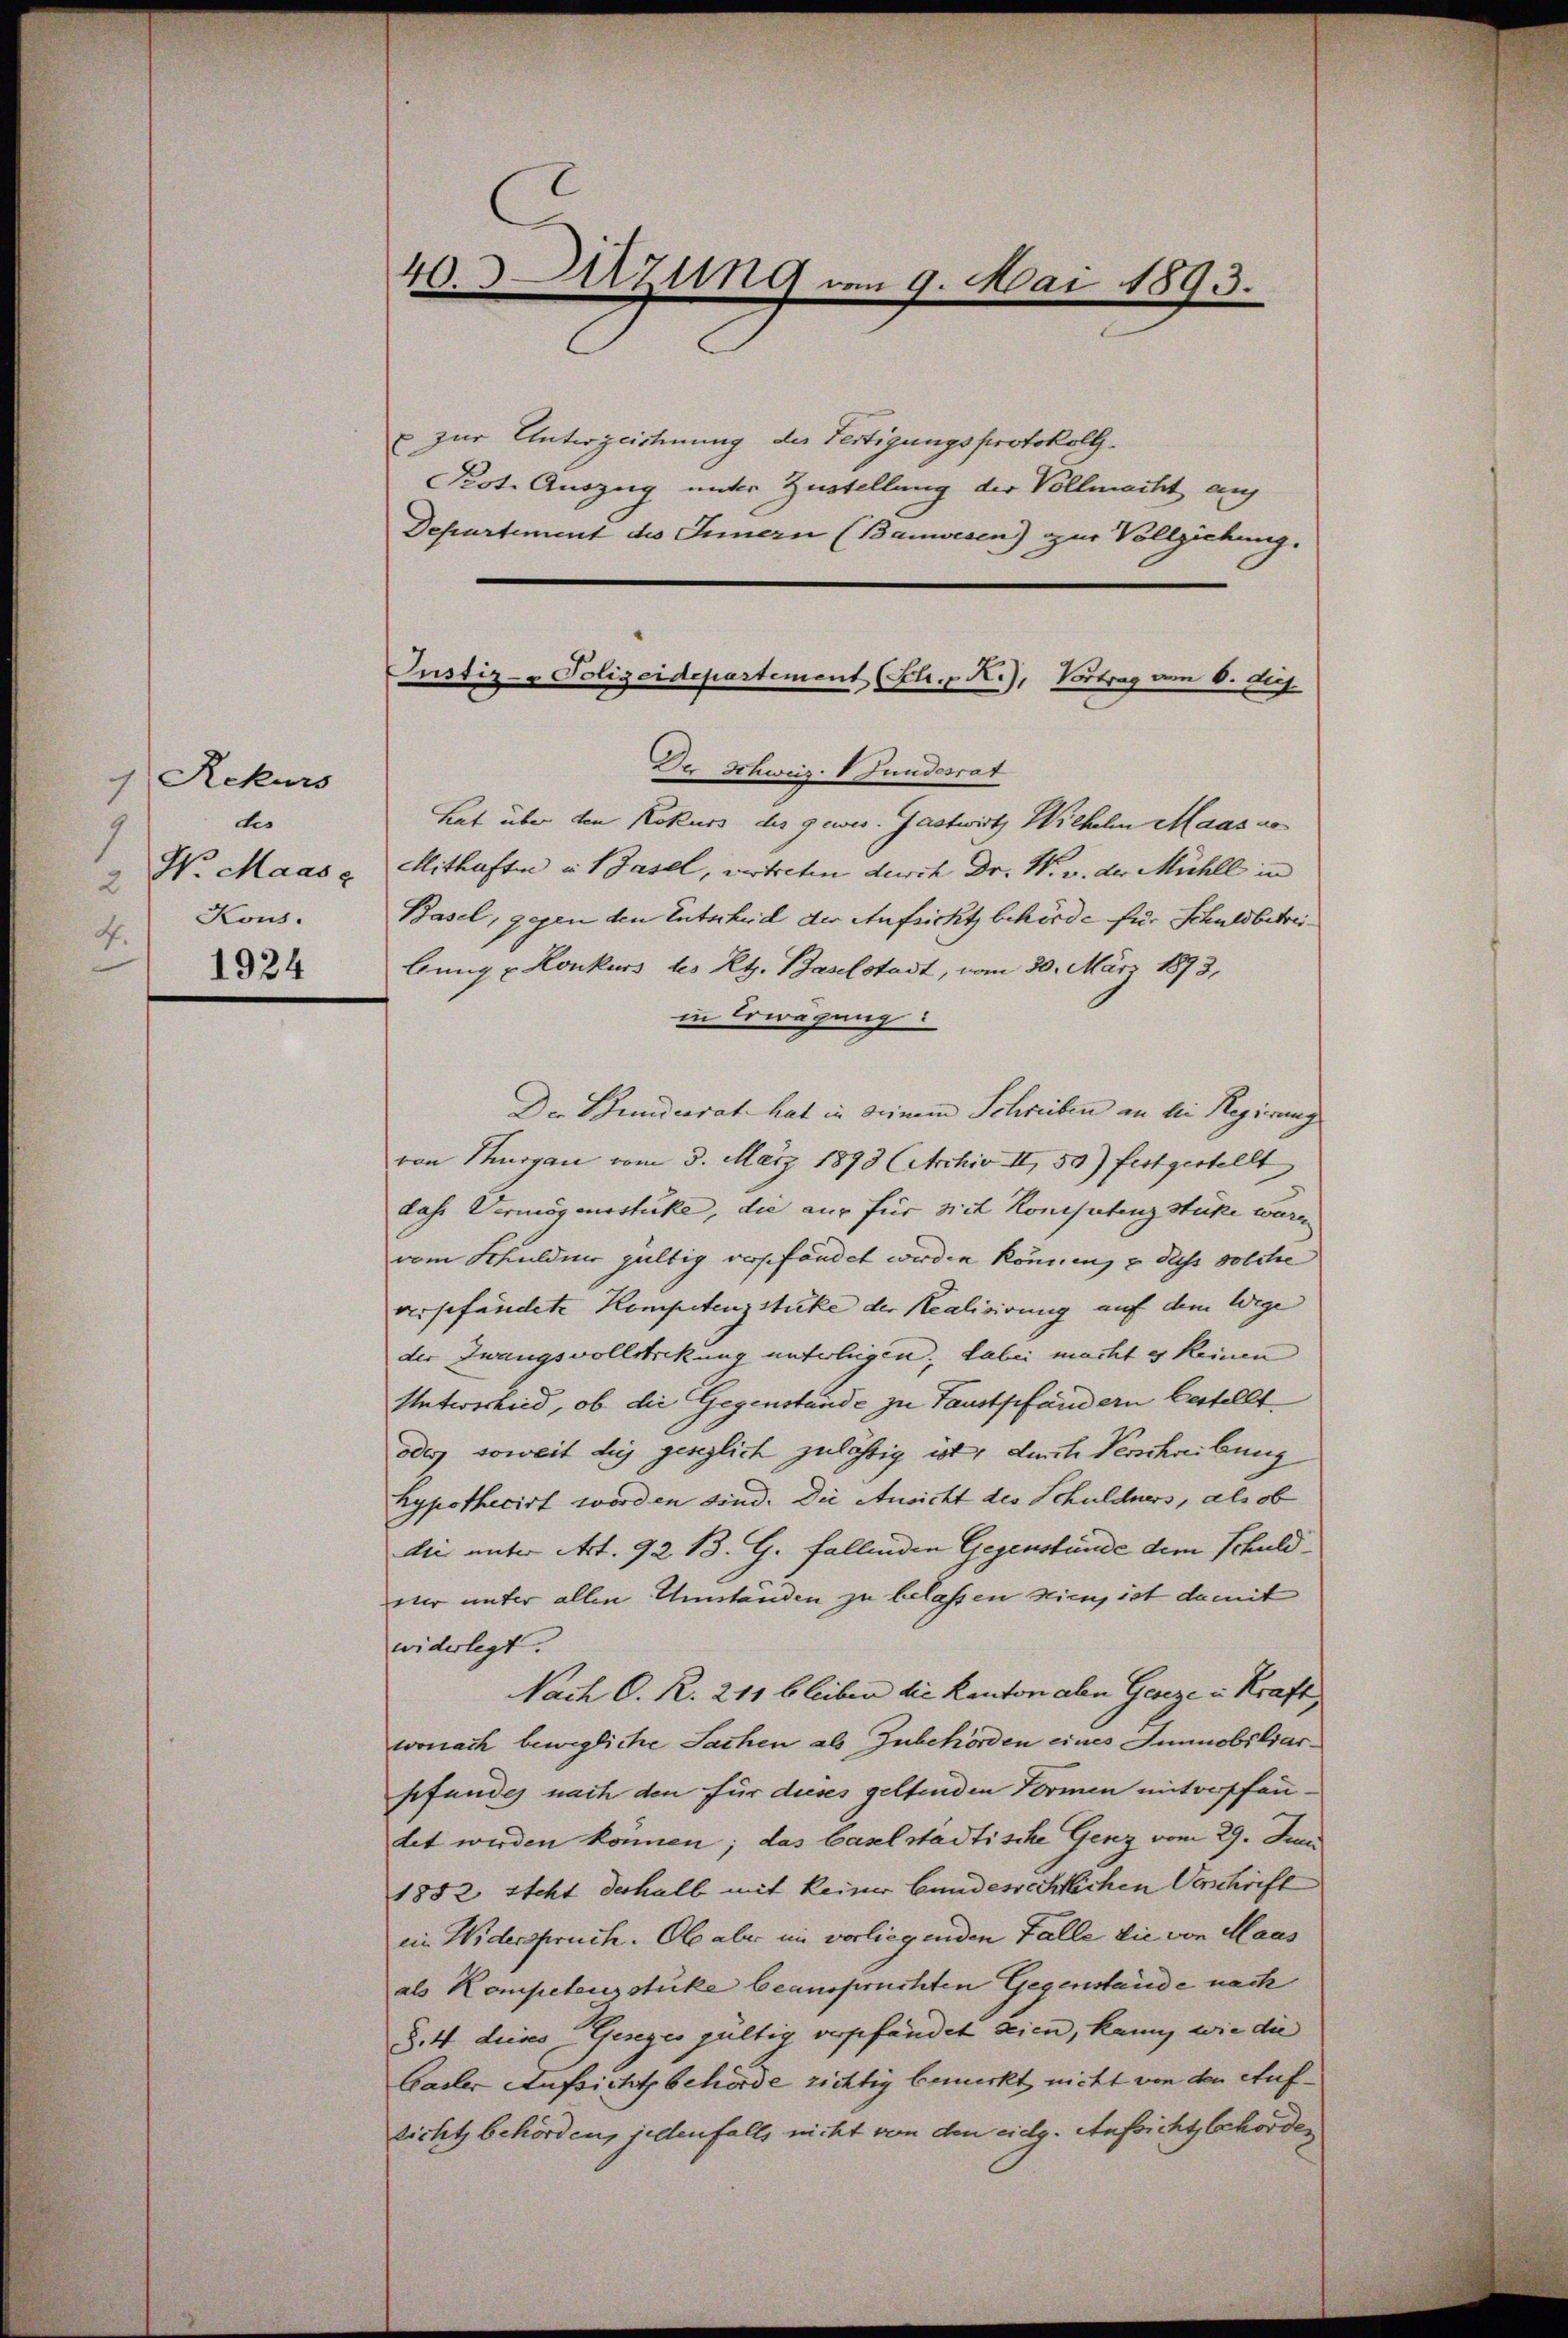
Rekurs
7
des
1
N. Maasc
2
Kous.
4.
1924

40.Arzung vom 9. Mai 1893.

zur Unterzeichnung der Fertigungsprotokoll.
Peot. Auszug unter Zustellung der Vollmacht auf
Departement des Innern (Bauwesen) zur Vollziehung.
Der Schweiz. V Gundesrat
Lat über den Rekurs des gewes. Gastwirtz Wilhelm Maas ve
Mithaften u. 1 Fasel, vertreten durch Dr. W. v. der Mühle in
Basel, gegen den Entscheid der Aufsicht behörde für Schuldbetreibung u Konkurs des Kt. Baselstadt, vom 30. März 1893,
in Erwägung
Der Bundesrat hat in deinem Schreiben an bei Regierung
von Thurgau vom 5. März 1893 (Archiv II, 50) festgestellt
dahe Vermögensstücke, die aus für mit Konistenz stücke waren
vom Schuldner gültig verpfändet werden können, u dass solche
vergefundete Kompetenzstücke der Realisirung auf dem Wege
der Zwangsvollsteckung unterliegen, dabei macht es keinen
Untwscheid, ob die Gegenstände zu Faustpfändern bestellt.
oder soweit des gesezlich zulässig ist, durch Verschreibung
hypothecirt worden sind. Die Ansicht des Schuldners, als ob
dii unter Art. 92 B. G. fallenden Gegenstände dem Schuldvier unter allen Umständen zu belassen hien, ist damit
widerlegt.
Nach C. R. 211 bleiben die Kanton alen Geseze in Kraft,
wonach bewegliche Sachen als Zubehörden eines Immobiliarsfundes nach den für dieses geltenden Vormen mitverpfandet werden können; das Caselstädtische Genz vom 29. Juni
1882 steht deshalb mit keiner bundesrechtlichen Verschrift
ein Widerspruch. Ob aber im vorliegenden Falle die von Maas
als Kompetensstüke beanspruchten Gegenstände nach
§. 4 dieses Gesezes gültig verpfändet seien, kann, wie die
Gadler Aufsicht behörde richtig bemerkt nicht von den Aufzicht behörden, jedenfalls nicht von den eidg. Aufsicht schorden

Justiz- & Polizeidepartement (Sch. R.), Vortrag von 6. die